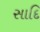
સાદિ